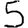
Digit: 5